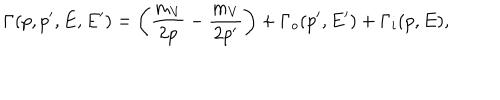
\Gamma ( p , p ^ { \prime } , E , E ^ { \prime } ) = \left( \frac { m _ { V } } { 2 p } - \frac { m _ { V } } { 2 p ^ { \prime } } \right) + \Gamma _ { o } ( p ^ { \prime } , E ^ { \prime } ) + \Gamma _ { i } ( p , E ) ,